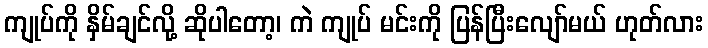
ကျုပ်ကို နှိမ်ချင်လို့ ဆိုပါတော့၊ ကဲ ကျုပ် မင်းကို ပြန်ပြီးလျော်မယ် ဟုတ်လား